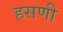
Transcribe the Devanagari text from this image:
हसणी